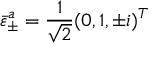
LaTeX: \bar { \varepsilon } _ { \pm } ^ { a } = \frac { 1 } { \sqrt 2 } ( 0 , 1 , \pm i ) ^ { T }